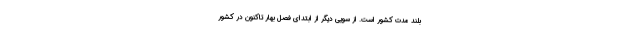
بلند مدت کشور است. از سویی دیگر از ابتدای فصل بهار تاکنون در کشور